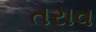
તરાવ